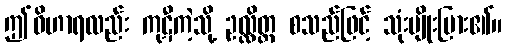
ဤဝိဟာရလည်း ကုဋီကဲ့သို့ ဥလ္လိတ္တ စသည်ဖြင့် သုံးမျိုးပြား၏။